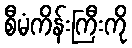
စီမံကိန်းကြီးကို